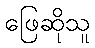
ဖြေဆိုသူ